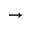
\rightarrow